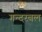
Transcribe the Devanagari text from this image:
गन्दरबल